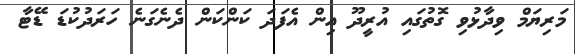
މަރިޔަމް ވިދާޅުވި ގޮތުގައި އުރީދޫ އިން އެފަދަ ކަންކަން ދެނެގަނެ ހަރަދުކުޑަ ޑޭޓާ